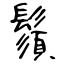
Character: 鬚